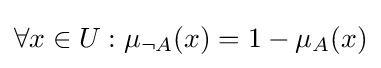
\forall x\in U:\mu _{\neg {A}}(x)=1-\mu _{A}(x)